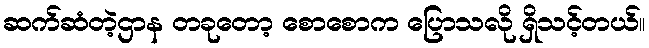
ဆက်ဆံတဲ့ဌာန တခုတော့ စောစောက ပြောသလို ရှိသင့်တယ်။